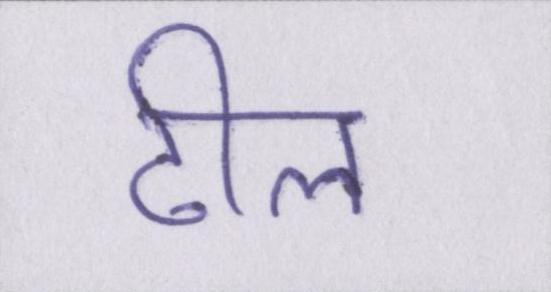
ढील